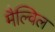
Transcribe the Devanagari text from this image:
मैल्विल